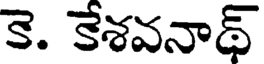
కె. కేశవనాథ్